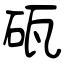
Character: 砙